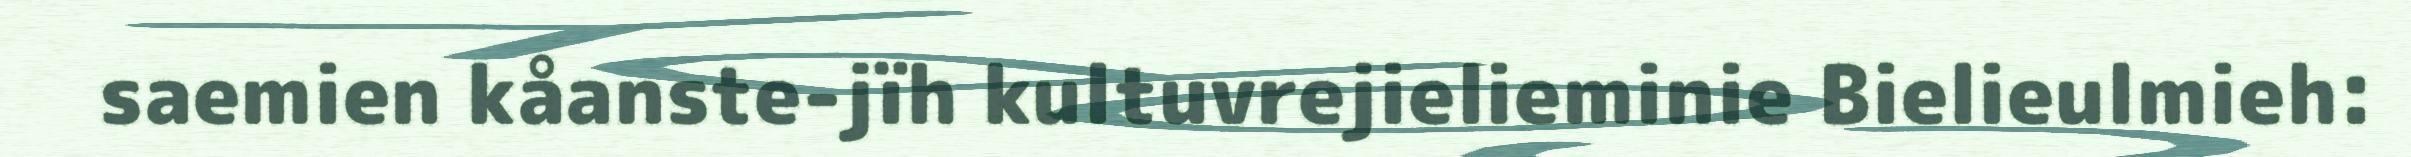
saemien kåanste-jïh kultuvrejielieminie Bielieulmieh: